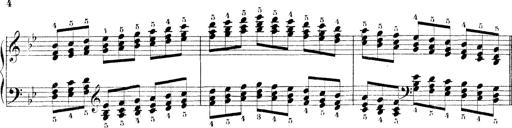
Title: Technische Studien
Composer: Franz Liszt